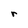
Character: r